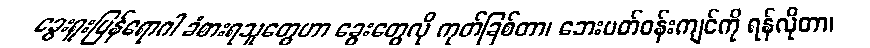
ခွေးရူးပြန်ရောဂါ ခံစားရသူတွေဟာ ခွေးတွေလို ကုတ်ခြစ်တာ၊ ဘေးပတ်ဝန်းကျင်ကို ရန်လိုတာ၊